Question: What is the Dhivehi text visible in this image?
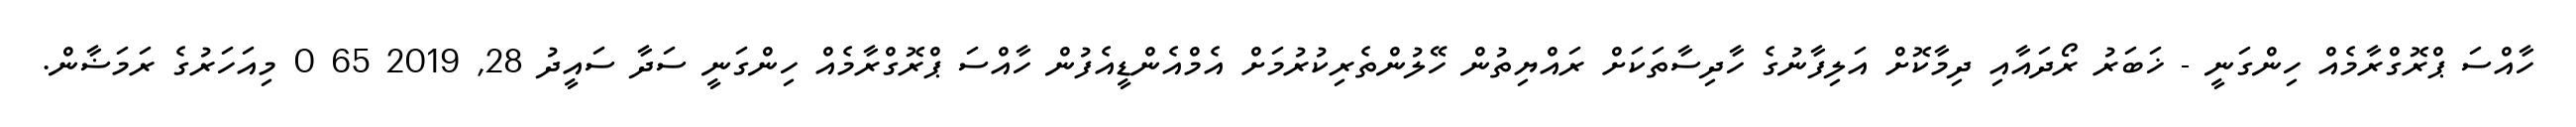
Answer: ހާއްސަ ޕްރޮގްރާމެއް ހިންގަނީ - ޚަބަރު ރޯދައާއި ދިމާކޮށް އަލިފާނުގެ ހާދިސާތަކަށް ރައްޔިތުން ހޭލުންތެރިކުރުމަށް އެމްއެންޑީއެފުން ހާއްސަ ޕްރޮގްރާމެއް ހިންގަނީ ސަދާ ސައީދު 28, 2019 65 0 މިއަހަރުގެ ރަމަޟާން.